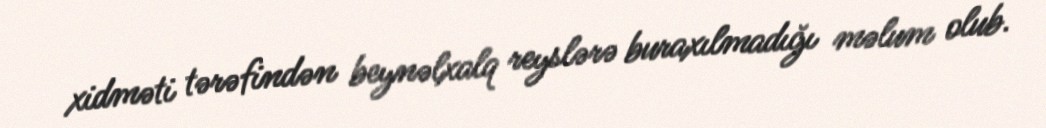
xidməti tərəfindən beynəlxalq reyslərə buraxılmadığı məlum olub.